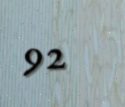
92